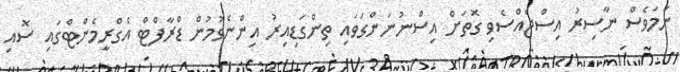
ނަމަވެސް ނާސިރު އިސްޖެއްސެވި ގޮތަށް އިސްނުނަންގަވައި ތިންގަޑިއިރު އިންނެވުމުން ޑްރާފްޓް އެގްރީމެންޓްގައި ސޮއި